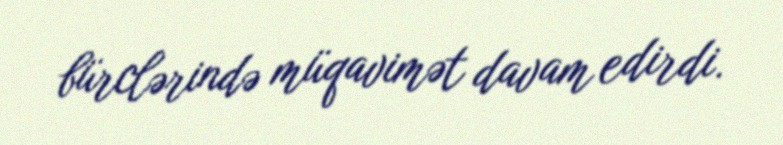
bürclərində müqavimət davam edirdi.